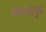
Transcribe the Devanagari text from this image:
स्वार्‍यांमुळे